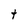
Character: t